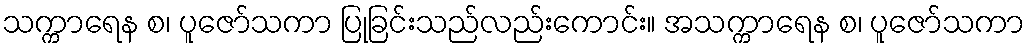
သက္ကာရေန စ၊ ပူဇော်သကာ ပြုခြင်းသည်လည်းကောင်း။ အသက္ကာရေန စ၊ ပူဇော်သကာ